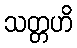
သတ္တဟိ